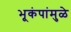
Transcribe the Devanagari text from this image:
भूकंपांमुळे